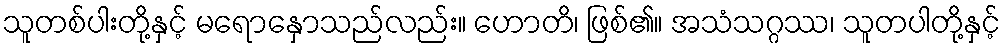
သူတစ်ပါးတို့နှင့် မရောနှောသည်လည်း။ ဟောတိ၊ ဖြစ်၏။ အသံသဂ္ဂဿ၊ သူတပါတို့နှင့်